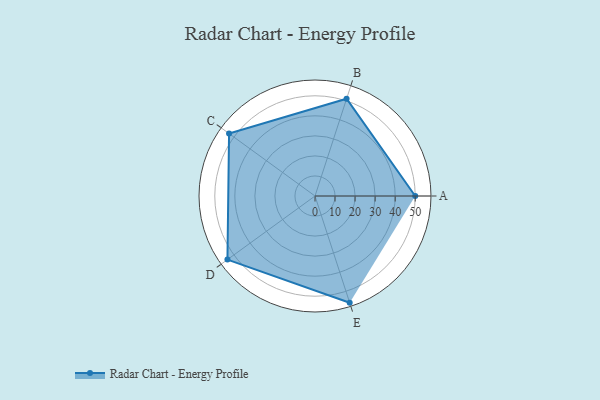
{"axis": {"x": "Skill", "y": "Score"}, "legend": ["Profile"], "data": [{"x": "A", "y": 50.0, "type": "Profile"}, {"x": "B", "y": 51.0, "type": "Profile"}, {"x": "C", "y": 53.0, "type": "Profile"}, {"x": "D", "y": 54.0, "type": "Profile"}, {"x": "E", "y": 56.0, "type": "Profile"}]}